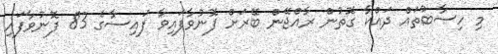
މި ހިސާބުތައް ދައްކާ ގޮތުން ރާއްޖޭން ބޭރަށް ފޮނުވާފައިވާ ފައިސާގެ 83 ފޮނުވާފައި